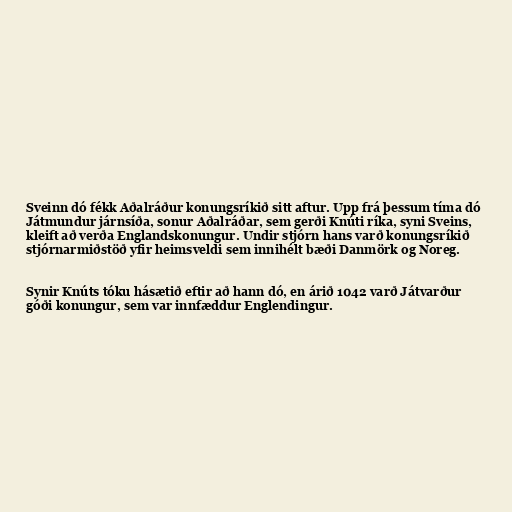
Sveinn dó fékk Aðalráður konungsríkið sitt aftur. Upp frá þessum tíma dó
Játmundur járnsíða, sonur Aðalráðar, sem gerði Knúti ríka, syni Sveins,
kleift að verða Englandskonungur. Undir stjórn hans varð konungsríkið
stjórnarmiðstöð yfir heimsveldi sem innihélt bæði Danmörk og Noreg.

Synir Knúts tóku hásætið eftir að hann dó, en árið 1042 varð Játvarður
góði konungur, sem var innfæddur Englendingur.